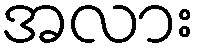
အလား